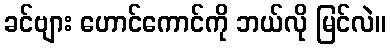
ခင်ဗျား ဟောင်ကောင်ကို ဘယ်လို မြင်လဲ။